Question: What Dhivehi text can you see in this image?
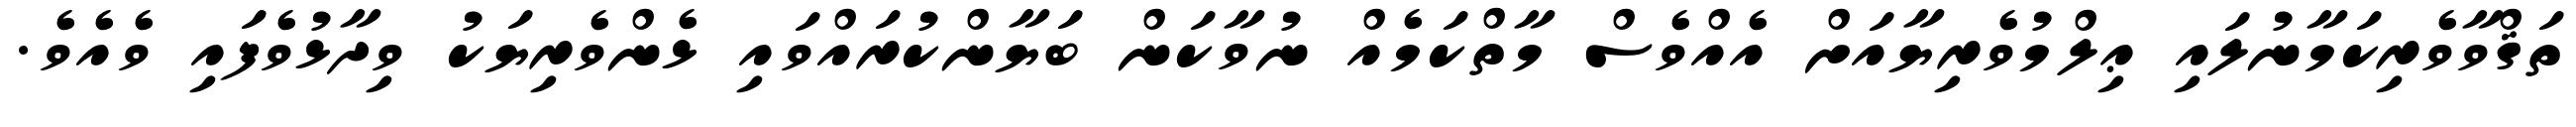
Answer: ތަޤްވާވެރިކަމާނުލައި ޢިލްމުވެރިޔާއަށް އެއްވެސް މާތްކަމެއް ނުވާކަން ބަޔާންކުރައްވައި ޅެންވެރިޔަކު ވިދާޅުވެފައި ވެއެވެ.